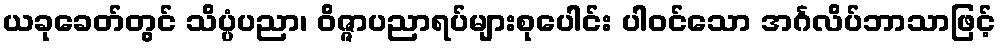
ယခုခေတ်တွင် သိပ္ပံပညာ၊ ဝိဇ္ဇာပညာရပ်များစုပေါင်း ပါဝင်သော အင်္ဂလိပ်ဘာသာဖြင့်